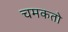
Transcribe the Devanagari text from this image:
चमकतो